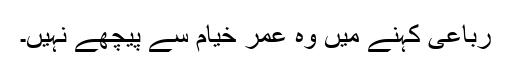
رباعی کہنے میں وہ عمر خیام سے پیچھے نہیں۔